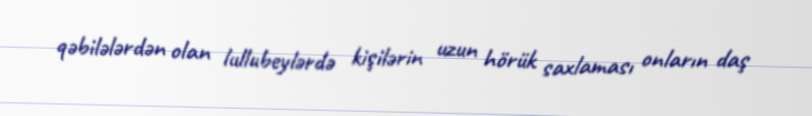
qəbilələrdən olan lullubeylərdə kişilərin uzun hörük saxlaması onların daş